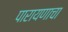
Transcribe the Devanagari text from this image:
पारायणाचा